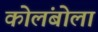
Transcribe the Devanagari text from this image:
कोलंबोला